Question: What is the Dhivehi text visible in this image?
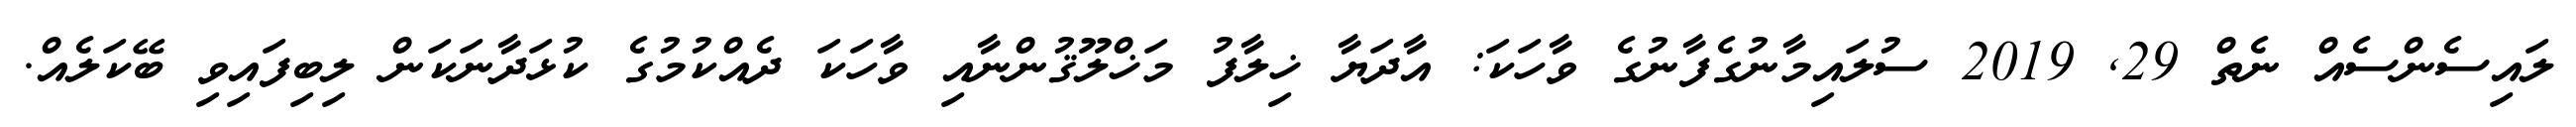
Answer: ލައިސެންސެއް ނެތް 29, 2019 ސުލައިމާނުގެފާނުގެ ވާހަކަ: އާދަޔާ ޚިލާފު މަޚްލޫޤުންނާއި ވާހަކަ ދެއްކުމުގެ ކުޅަދާނަކަން ލިބިފައިވި ބޭކަލެއް.